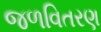
જળવિતરણ